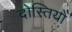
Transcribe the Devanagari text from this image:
दोस्तियों